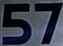
57